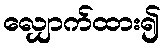
လျှောက်ထား၍